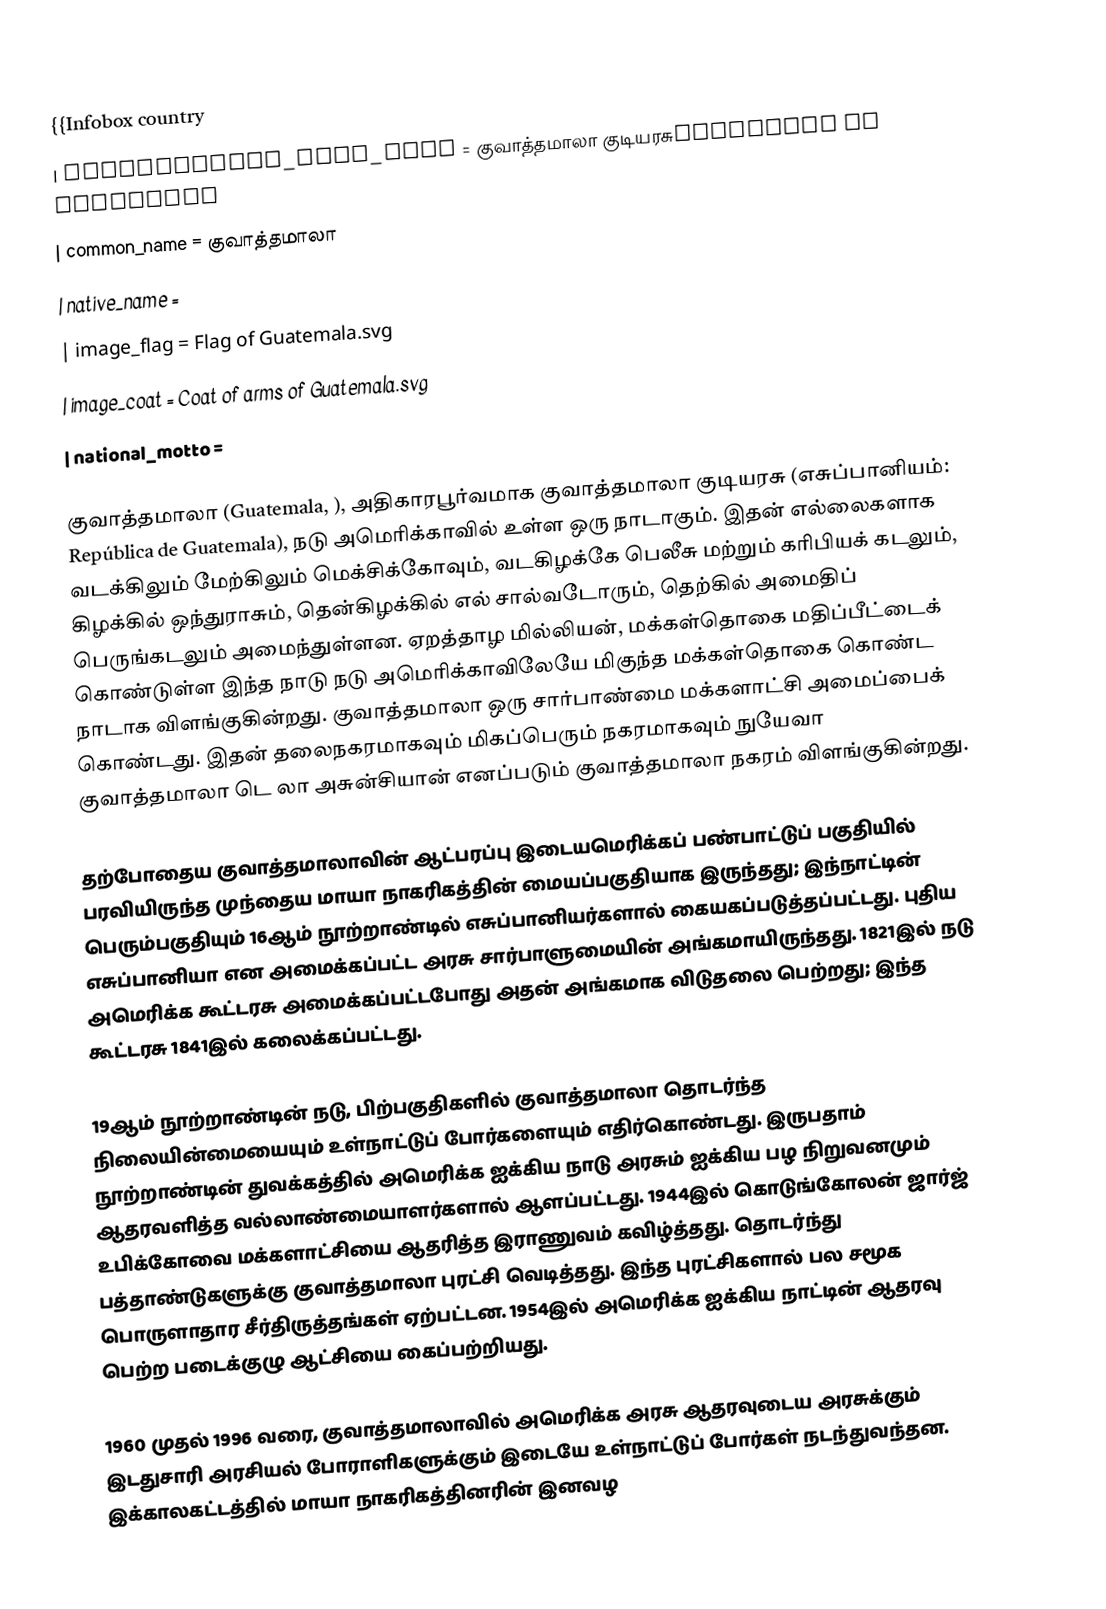
{{Infobox country
| conventional_long_name = குவாத்தமாலா குடியரசுRepública de Guatemala
| common_name = குவாத்தமாலா
| native_name =
| image_flag = Flag of Guatemala.svg
| image_coat = Coat of arms of Guatemala.svg
| national_motto =

குவாத்தமாலா (Guatemala, ), அதிகாரபூர்வமாக குவாத்தமாலா குடியரசு (எசுப்பானியம்: República de Guatemala), நடு அமெரிக்காவில் உள்ள ஒரு நாடாகும். இதன் எல்லைகளாக வடக்கிலும் மேற்கிலும் மெக்சிக்கோவும், வடகிழக்கே பெலீசு மற்றும் கரிபியக் கடலும், கிழக்கில் ஒந்துராசும், தென்கிழக்கில் எல் சால்வடோரும், தெற்கில் அமைதிப் பெருங்கடலும் அமைந்துள்ளன. ஏறத்தாழ  மில்லியன், மக்கள்தொகை மதிப்பீட்டைக் கொண்டுள்ள இந்த நாடு நடு அமெரிக்காவிலேயே மிகுந்த மக்கள்தொகை கொண்ட நாடாக விளங்குகின்றது. குவாத்தமாலா ஒரு சார்பாண்மை மக்களாட்சி அமைப்பைக் கொண்டது. இதன் தலைநகரமாகவும் மிகப்பெரும் நகரமாகவும் நுயேவா குவாத்தமாலா டெ லா அசுன்சியான் எனப்படும்  குவாத்தமாலா நகரம் விளங்குகின்றது.

தற்போதைய குவாத்தமாலாவின் ஆட்பரப்பு  இடையமெரிக்கப் பண்பாட்டுப் பகுதியில் பரவியிருந்த முந்தைய மாயா நாகரிகத்தின் மையப்பகுதியாக இருந்தது; இந்நாட்டின் பெரும்பகுதியும் 16ஆம் நூற்றாண்டில்  எசுப்பானியர்களால் கையகப்படுத்தப்பட்டது.  புதிய எசுப்பானியா என அமைக்கப்பட்ட அரசு சார்பாளுமையின் அங்கமாயிருந்தது. 1821இல் நடு அமெரிக்க கூட்டரசு அமைக்கப்பட்டபோது அதன் அங்கமாக விடுதலை பெற்றது; இந்த கூட்டரசு 1841இல் கலைக்கப்பட்டது.

19ஆம் நூற்றாண்டின் நடு, பிற்பகுதிகளில் குவாத்தமாலா தொடர்ந்த நிலையின்மையையும் உள்நாட்டுப் போர்களையும் எதிர்கொண்டது. இருபதாம் நூற்றாண்டின்  துவக்கத்தில் அமெரிக்க ஐக்கிய நாடு அரசும் ஐக்கிய பழ நிறுவனமும் ஆதரவளித்த  வல்லாண்மையாளர்களால் ஆளப்பட்டது. 1944இல் கொடுங்கோலன்  ஜார்ஜ் உபிக்கோவை மக்களாட்சியை ஆதரித்த இராணுவம் கவிழ்த்தது. தொடர்ந்து பத்தாண்டுகளுக்கு குவாத்தமாலா புரட்சி வெடித்தது. இந்த புரட்சிகளால் பல சமூக பொருளாதார சீர்திருத்தங்கள் ஏற்பட்டன. 1954இல் அமெரிக்க ஐக்கிய நாட்டின் ஆதரவு பெற்ற படைக்குழு ஆட்சியை கைப்பற்றியது.

1960 முதல் 1996 வரை, குவாத்தமாலாவில் அமெரிக்க அரசு ஆதரவுடைய அரசுக்கும் இடதுசாரி அரசியல் போராளிகளுக்கும் இடையே உள்நாட்டுப் போர்கள் நடந்துவந்தன. இக்காலகட்டத்தில் மாயா நாகரிகத்தினரின் இனவழ